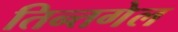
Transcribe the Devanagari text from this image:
तिन्तगेल